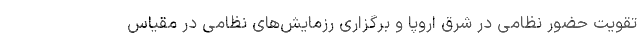
تقویت حضور نظامی در شرق اروپا و برگزاری رزمایش‌های نظامی در مقیاس